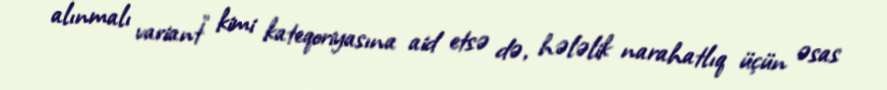
alınmalı variant" kimi kateqoriyasına aid etsə də, hələlik narahatlıq üçün əsas